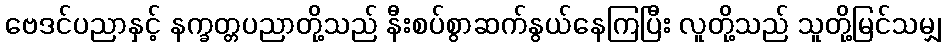
ဗေဒင်ပညာနှင့် နက္ခတ္တပညာတို့သည် နီးစပ်စွာဆက်နွယ်နေကြပြီး လူတို့သည် သူတို့မြင်သမျှ